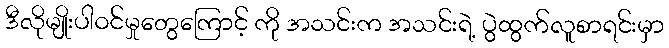
ဒီလိုမျိုးပါဝင်မှုတွေကြောင့် ကို အသင်းက အသင်းရဲ့ ပွဲထွက်လူစာရင်းမှာ